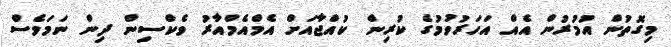
މިގޮތުން އުމުރުން އެއް އަހަރުވުމުގެ ކުރިން ކުއްޖާއަށް އެމްއެމްއާރު ވެކްސިން ދިން ނަމަވެސް